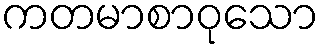
ကတမာစာဝုသော